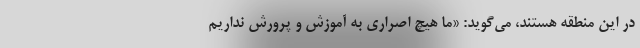
در این منطقه هستند، می‌گوید: «ما هیچ اصراری به آموزش و پرورش نداریم